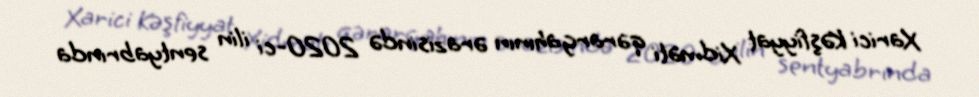
Xarici Kəşfiyyat Xidməti qərargahının ərazisində 2020-ci ilin sentyabrında